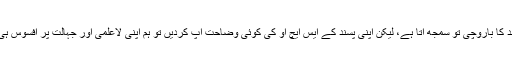
اپنی پسند کا باروچی تو سمجھ آتا ہے، لیکن اپنی پسند کے ایس ایچ او کی کوئی وضاحت آپ کردیں تو ہم اپنی لاعلمی اور جہالت پر افسوس ہی کرلیں۔